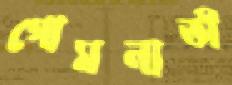
গোমনাতী